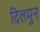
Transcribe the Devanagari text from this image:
दिलमुन